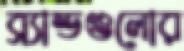
ব্র্যান্ডগুলোর